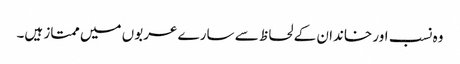
وہ نسب اور خاندان کے لحاظ سے سارے عربوں میں ممتاز ہیں۔